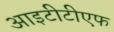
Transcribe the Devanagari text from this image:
आइटीटीएफ